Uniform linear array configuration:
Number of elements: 64
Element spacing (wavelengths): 0.5
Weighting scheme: cosine
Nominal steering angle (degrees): -15
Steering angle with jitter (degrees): -16.19
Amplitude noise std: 0.05
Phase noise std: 0.05

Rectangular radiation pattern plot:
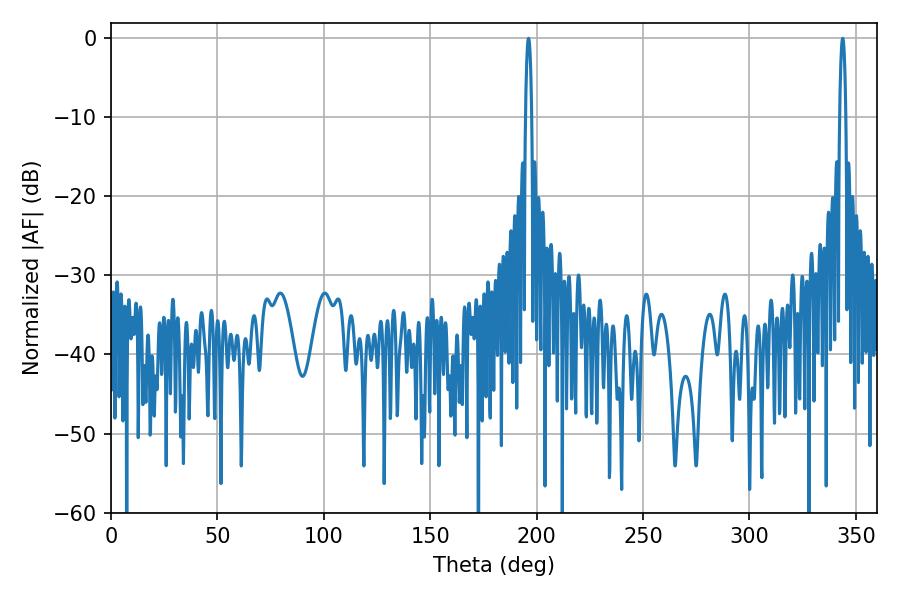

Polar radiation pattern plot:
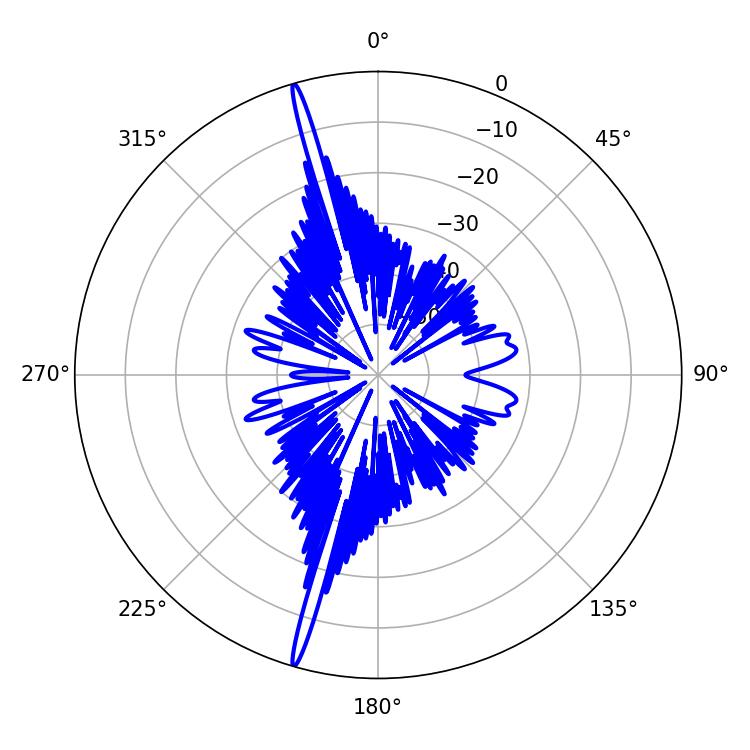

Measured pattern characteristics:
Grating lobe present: FALSE
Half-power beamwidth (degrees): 1.44
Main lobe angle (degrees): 343.8